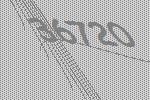
36720